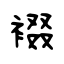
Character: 裰